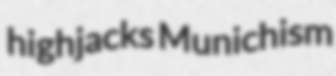
highjacks Munichism